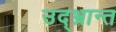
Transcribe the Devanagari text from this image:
उद्‌भ्रान्त